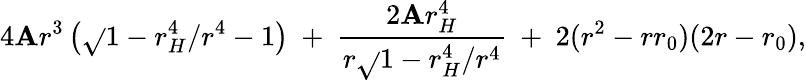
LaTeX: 4\mathbf{A}r^{3}\left(\sqrt{}{{1-r_{H}^{4}/r^{4}}}-1\right)\ +\ \frac{{2\mathbf{A}r_{H}^{4}}}{{r\sqrt{}{{1-r_{H}^{4}/r^{4}}}}}\ +\ 2(r^{2}-rr_{0})(2r-r_{0}),